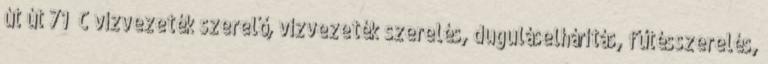
út út 71 C vízvezeték szerelő, vízvezeték szerelés, duguláselhárítás, fűtésszerelés,